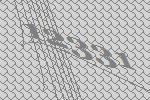
12331